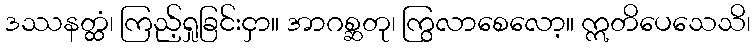
ဒဿနတ္ထံ၊ ကြည့်ရှုခြင်းငှာ။ အာဂစ္ဆတု၊ ကြွလာစေလော့။ ဣတိပေသေသိ၊